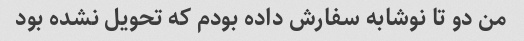
من دو تا نوشابه سفارش داده بودم که تحویل نشده بود